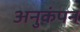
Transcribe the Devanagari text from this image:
अनुकंपन